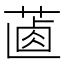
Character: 𦵵